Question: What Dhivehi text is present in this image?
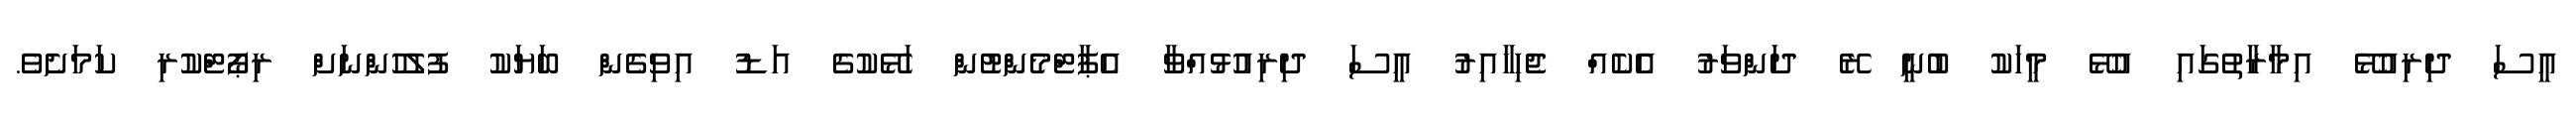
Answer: އީސަ ދިރިއުޅޭ އިމާރާތުގައި އުޅޭ މީހަކު ބުނީ ރޭ ދަންވަރު އެކެއް ޖެހިހާއިރު އީސަ ދިރިއުޅުއްވާ އެޕާޓްމެންޓުން ހަޅޭކުގެ އަޑު އިވިގެން ބަޔަކު ފުލުހުންނަށް ރިޕޯޓްކުރި ކަމަށެވެ.